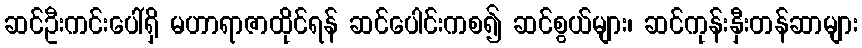
ဆင်ဦးကင်းပေါ်ရှိ မဟာရာဇာထိုင်ရန် ဆင်ပေါင်းကစ၍ ဆင်စွယ်များ၊ ဆင်ကုန်းနှီးတန်ဆာများ